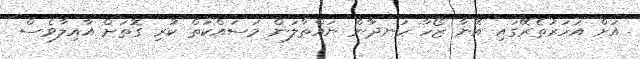
އަށް އަހަރުތެރޭގައި އޭނާ ޒޯހާ ހަނދާން ނައްތާލަން މަސައްކަތް ކުރި ގޮތަށް އާއިލާވެސް